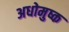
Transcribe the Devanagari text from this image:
अधोमुष्क